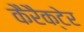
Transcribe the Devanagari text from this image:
कैरैक्टेर